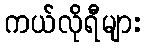
ကယ်လိုရီများ